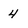
Character: 4